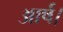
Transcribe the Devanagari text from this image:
आर्ष।